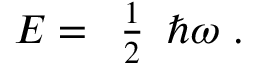
{ E } = { \begin{array} { l } { { \frac { 1 } { 2 } } } \end{array} } \hbar \omega \ .